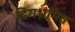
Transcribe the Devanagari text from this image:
दिगभ्रमित